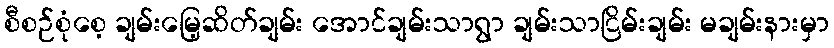
စီစဉ်စုံစေ့ ချမ်းမြေ့ဆိတ်ချမ်း အောင်ချမ်းသာရွာ ချမ်းသာငြိမ်းချမ်း မချမ်းနားမှာ